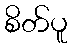
စိတ်ပူ